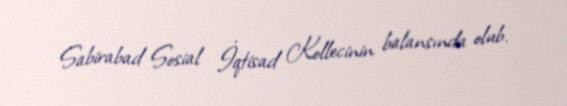
Sabirabad Sosial İqtisad Kollecinin balansında olub.